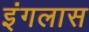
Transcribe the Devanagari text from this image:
इंगलास